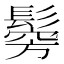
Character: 𩮇